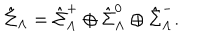
\hat { \Sigma } _ { { \Lambda } } = \hat { \Sigma } _ { { \Lambda } } ^ { + } \oplus \hat { \Sigma } _ { { \Lambda } } ^ { 0 } \oplus \hat { \Sigma } _ { { \Lambda } } ^ { - } .